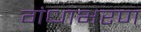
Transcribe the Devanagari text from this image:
गंधाभरण